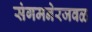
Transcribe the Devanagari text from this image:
संगमनेरजवळ